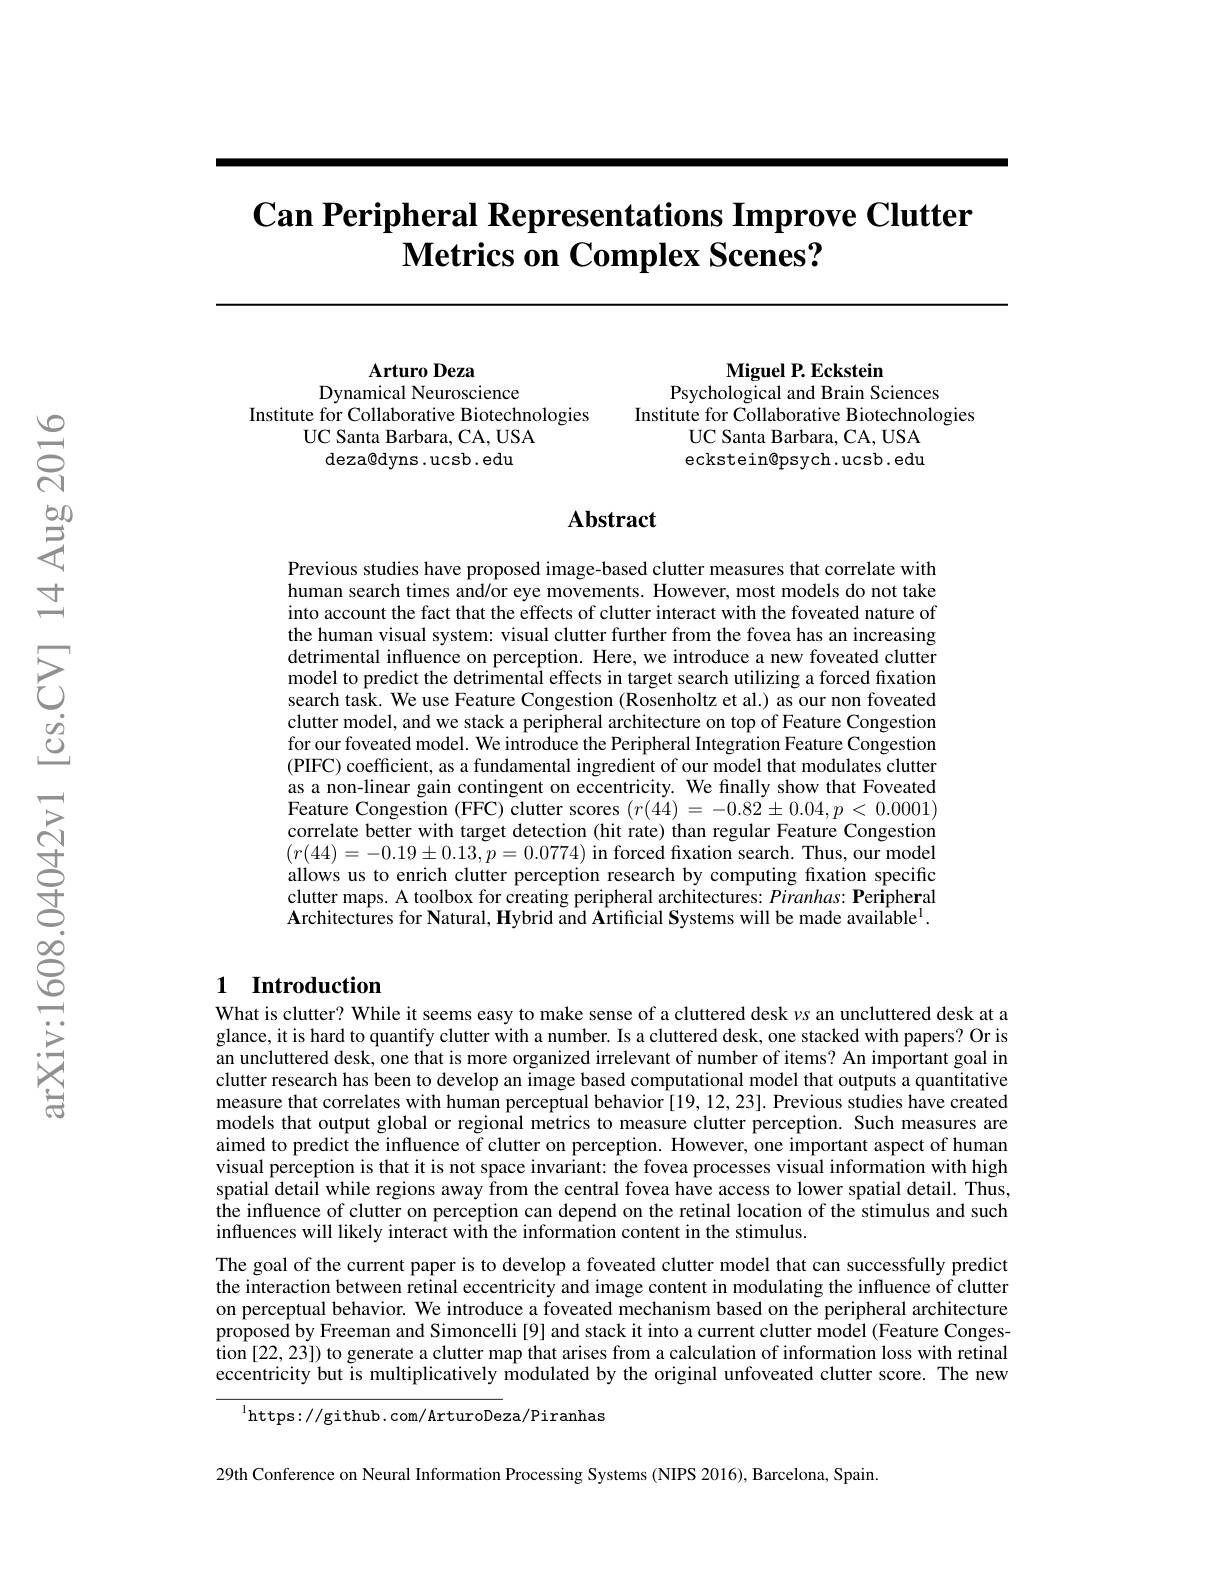
# $\textbf{Can Peripheral Representations Improve Clutter}$ $\textbf{Metrics on Complex Scenes? }$

$\mathbf{Miguel~P.~Eckstein}$
Psychological and Brain Sciences
Institute for Collaborative Biotechnologies
UC Santa Barbara, CA, USA eckstein@psych.ucsb.edu

Arturo Deza
Dynamical Neuroscience
Institute for Collaborative Biotechnologies
UC Santa Barbara, CA, USA
deza@dyns.ucsb.edu

### Abstract

Previous studies have proposed image-based clutter measures that correlate with human search times and/or eye movements. However, most models do not take into account the fact that the effects of clutter interact with the foveated nature of the human visual system: visual clutter further from the fovea has an increasing detrimental influence on perception. Here, we introduce a new foveated clutter model to predict the detrimental effects in target search utilizing a forced fixation search task. We use Feature Congestion (Rosenholtz et al.) as our non foveated clutter model, and we stack a peripheral architecture on top of Feature Congestion for our foveated model. We introduce the Peripheral Integration Feature Congestion (PIFC) coefficient, as a fundamental ingredient of our model that modulates clutter as a non-linear gain contingent on eccentricity. We finally show that Foveated Feature Congestion (FFC) clutter scores $(r(44)=-0.82\pm0.04,p<0.0001)$ correlate better with target detection (hit rate) than regular Feature Congestion $(r(44)=-0.19\pm0.13,p=0.0774)$ in forced fixation search. Thus, our model allows us to enrich clutter perception research by computing fixation specific clutter maps. A toolbox for creating peripheral architectures: Piranhas: Peripheral Architectures for Natural, Hybrid and Artificial Systems will be made available$^{\mathrm{l}}.$

### 1 Introduction

What is clutter? While it seems easy to make sense of a cluttered desk $\nu$s an uncluttered desk at a glance, it is hard to quantify clutter with a number. Is a cluttered desk, one stacked with papers? Or is an uncluttered desk, one that is more organized irrelevant of number of items? An important goal in clutter research has been to develop an image based computational model that outputs a quantitative measure that correlates with human perceptual behavior [19,12,23]. Previous studies have created models that output global or regional metrics to measure clutter perception. Such measures are aimed to predict the influence of clutter on perception. However, one important aspect of human visual perception is that it is not space invariant: the fovea processes visual information with high spatial detail while regions away from the central fovea have access to lower spatial detail. Thus, the influence of clutter on perception can depend on the retinal location of the stimulus and such influences will likely interact with the information content in the stimulus.
The goal of the current paper is to develop a foveated clutter model that can successfully predict the interaction between retinal eccentricity and image content in modulating the influence of clutter on perceptual behavior. We introduce a foveated mechanism based on the peripheral architecture proposed by Freeman and Simoncelli [9] and stack it into a current clutter model (Feature Congestion [22,23]) to generate a clutter map that arises from a calculation of information loss with retinal eccentricity but is multiplicatively modulated by the original unfoveated clutter score. The new

$^{\mathrm{l}}$https://github.com/ArturoDeza/Piranhas

29th Conference on Neural Information Processing Systems (NIPS 2016), Barcelona, Spain